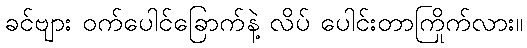
ခင်ဗျား ဝက်ပေါင်ခြောက်နဲ့ လိပ် ပေါင်းတာကြိုက်လား။